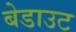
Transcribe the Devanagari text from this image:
बेडाउट